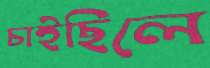
চাইছিলে